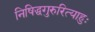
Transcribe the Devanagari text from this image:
निषिद्धगुरुरित्याहुः